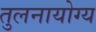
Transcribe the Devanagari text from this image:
तुलनायोग्य